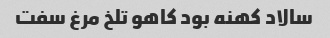
سالاد کهنه بود کاهو تلخ مرغ سفت